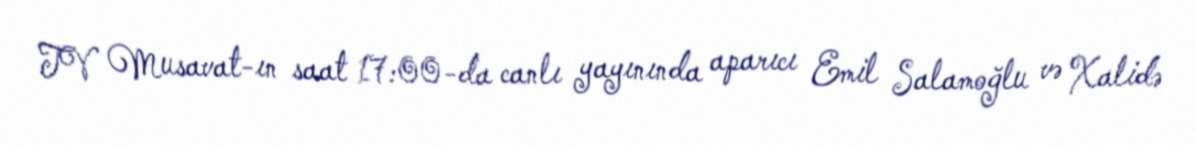
TV Musavat-ın saat 17:00-da canlı yayınında aparıcı Emil Salamoğlu və Xalidə